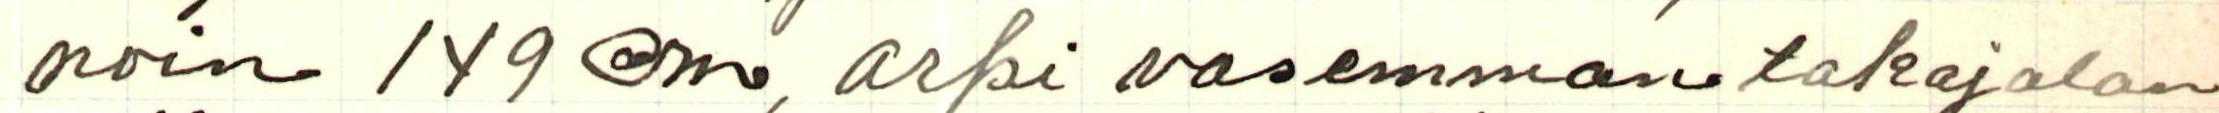
noin 149 cm, arpi vasemman takajalan